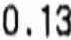
0.13